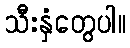
သီးနှံတွေပါ။